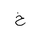
Letter: _kha